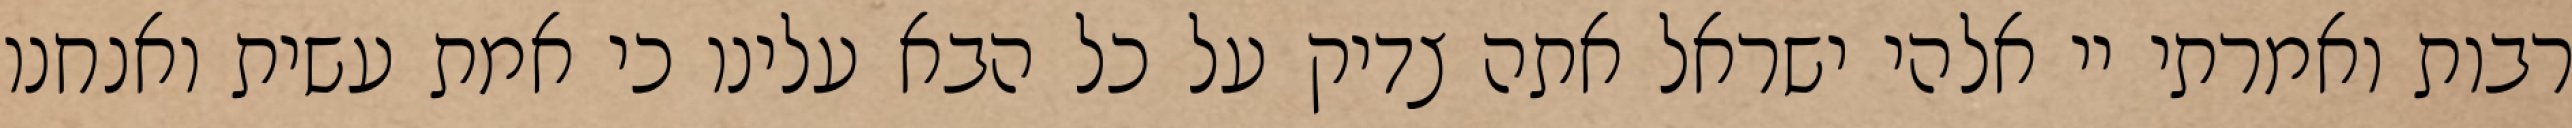
רבות ואמרתי יי אלהי ישראל אתה צדיק על כל הבא עלינו כי אמת עשית ואנחנו